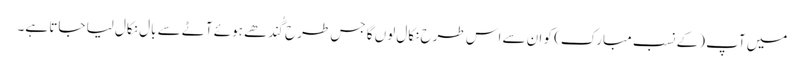
میں آپ (کے نسب مبارک) کو ان سے اس طرح نکال لوں گا جس طرح گُندھے ہوئے آٹے سے بال نکال لیا جاتا ہے۔